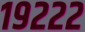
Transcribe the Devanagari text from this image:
१९२२२